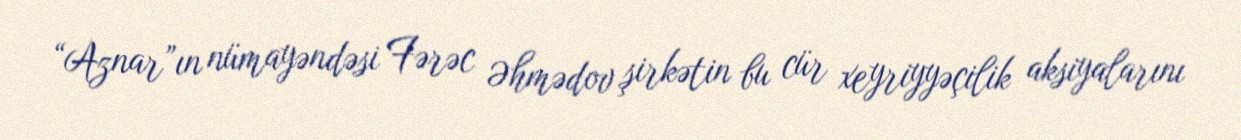
“Aznar”ın nümayəndəsi Fərəc Əhmədov şirkətin bu cür xeyriyyəçilik aksiyalarını